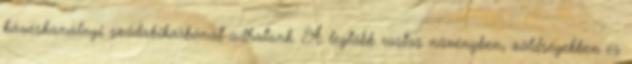
kávéskanálnyi szódabikarbónát adhatunk. A legtöbb rostos növényben, zöldségekben és